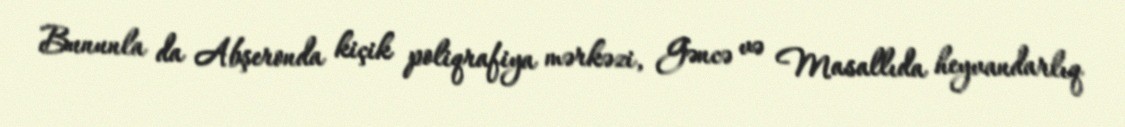
Bununla da Abşeronda kiçik poliqrafiya mərkəzi, Gəncə və Masallıda heyvandarlıq